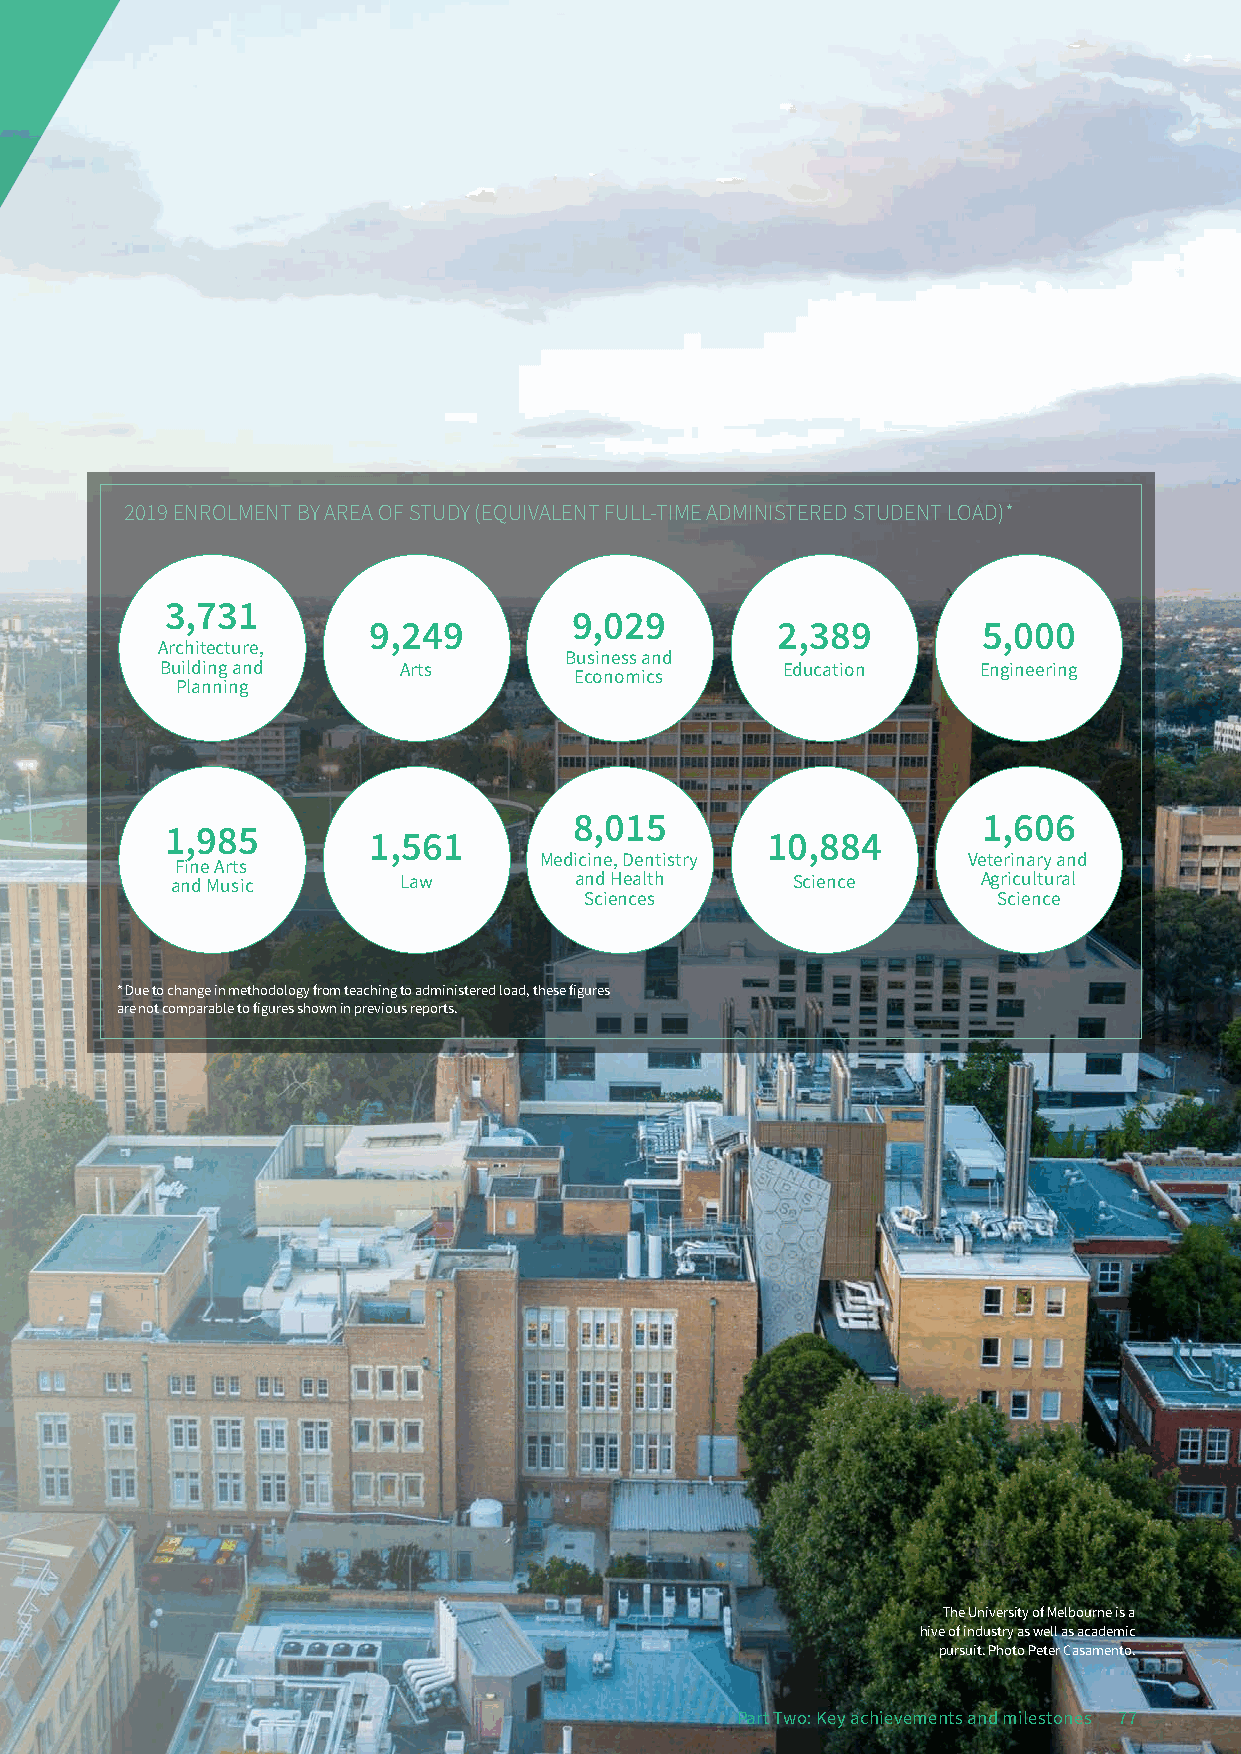
OORRGGAANNIISSAATTIIOONNAALL
 AANNDD SSTTUUDDEENNTT
 SSTTAATTIISSTTIICCSS
 2019 ENROLMENT BY AREA OF STUDY (EQUIVALENT FULL-TIME ADMINISTERED STUDENT LOAD)*
 3,731
 9,029
 9,249                      2,389         5,000
 Architecture,
 Business and
 Building and   Arts                      Education    Engineering
 Economics
 Planning
 8,015                      1,606
 1,985
 1,561                      10,884
 Medicine, Dentistry         Veterinary and
 Fine Arts
 and Music      Law         and Health    Science      Agricultural
 Sciences                   Science
 * Due to change in methodology from teaching to administered load, these figures
 are not comparable to figures shown in previous reports.
 The University of Melbourne is a
 hive of industry as well as academic
 pursuit. Photo Peter Casamento.
 Part Two: Key achievements and milestones 77